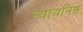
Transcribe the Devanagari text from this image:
न्यायनिष्ठ